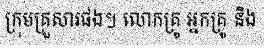
ក្រុមគ្រួសារផង។ លោកគ្រូ អ្នកគ្រូ និង